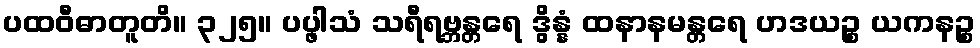
ပထဝီဓာတူတိ။ ၃၂၅။ ပပ္ဖါသံ သရီရဗ္ဘန္တရေ ဒွိန္နံ ထနာနမန္တရေ ဟဒယဉ္စ ယကနဉ္စ